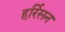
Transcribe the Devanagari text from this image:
हर्रिसन